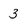
Character: 3